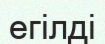
егілді